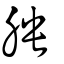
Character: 胦